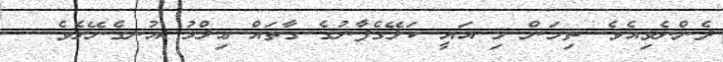
ދެންނެވިއެވެ. ތިމަން މި އައީ ކަލޭގެފާނުގެ ގާތައް ޢިލްމު އުނގެނޭށެވެ.